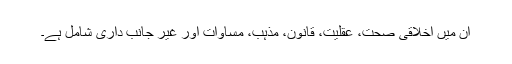
ان میں اخلاقی صحت، عقلیت، قانون، مذہب، مساوات اور غیر جانب داری شامل ہے۔